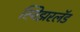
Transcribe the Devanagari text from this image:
स्विझरलॅड